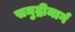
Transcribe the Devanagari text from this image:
समुद्रीमार्ग